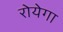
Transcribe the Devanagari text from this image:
रोयेगा